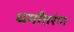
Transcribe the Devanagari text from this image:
धर्मांतरंण